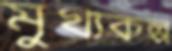
মুখ্যকল্প